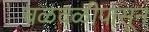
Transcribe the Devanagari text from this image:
चळवळीपासून